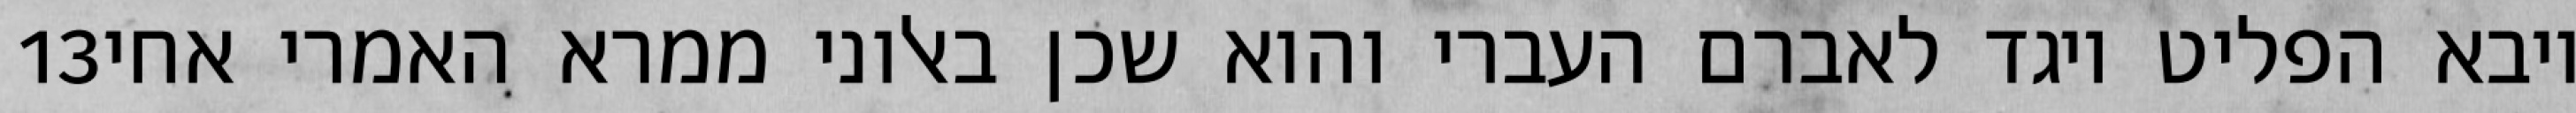
‎13‏ ויבא הפליט ויגד לאברם העברי והוא שכן באלוני ממרא האמרי אחי